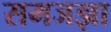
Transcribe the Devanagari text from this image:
समजझा